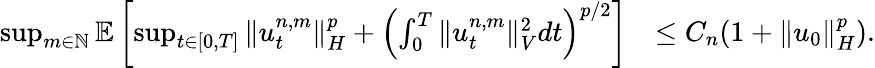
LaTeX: \begin{array}{rl}{\operatorname*{sup}_{m\in\mathbb{N}}\mathbb{E}\left[\operatorname*{sup}_{t\in[0,T]}\| u_{t}^{n,m}\| _{H}^{p}+\left(\int_{0}^{T}\| u_{t}^{n,m}\| _{V}^{2}dt\right)^{p/2}\right]}&{\leq C_{n}(1+\| u_{0}\| _{H}^{p}).}\end{array}